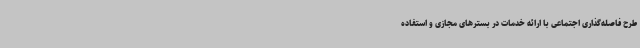
طرح فاصله‌گذاری اجتماعی با ارائه خدمات در بسترهای مجازی و استفاده